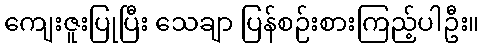
ကျေးဇူးပြုပြီး သေချာ ပြန်စဉ်းစားကြည့်ပါဦး။